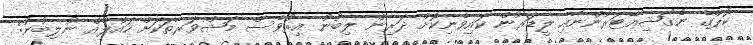
ކޮޕްގެ ނެގޯޝިއޭޓަރުންނާއި ލީޑަރުން ކައިވެނިކޮށް ދަރިން ލިބުނު އިރުވެސް މަޝްވަރާތަކަށް ހައްލެއް ނުލިބުނު: